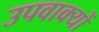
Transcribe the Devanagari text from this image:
उपवाक्यों